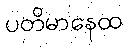
ပတိမာနေထ